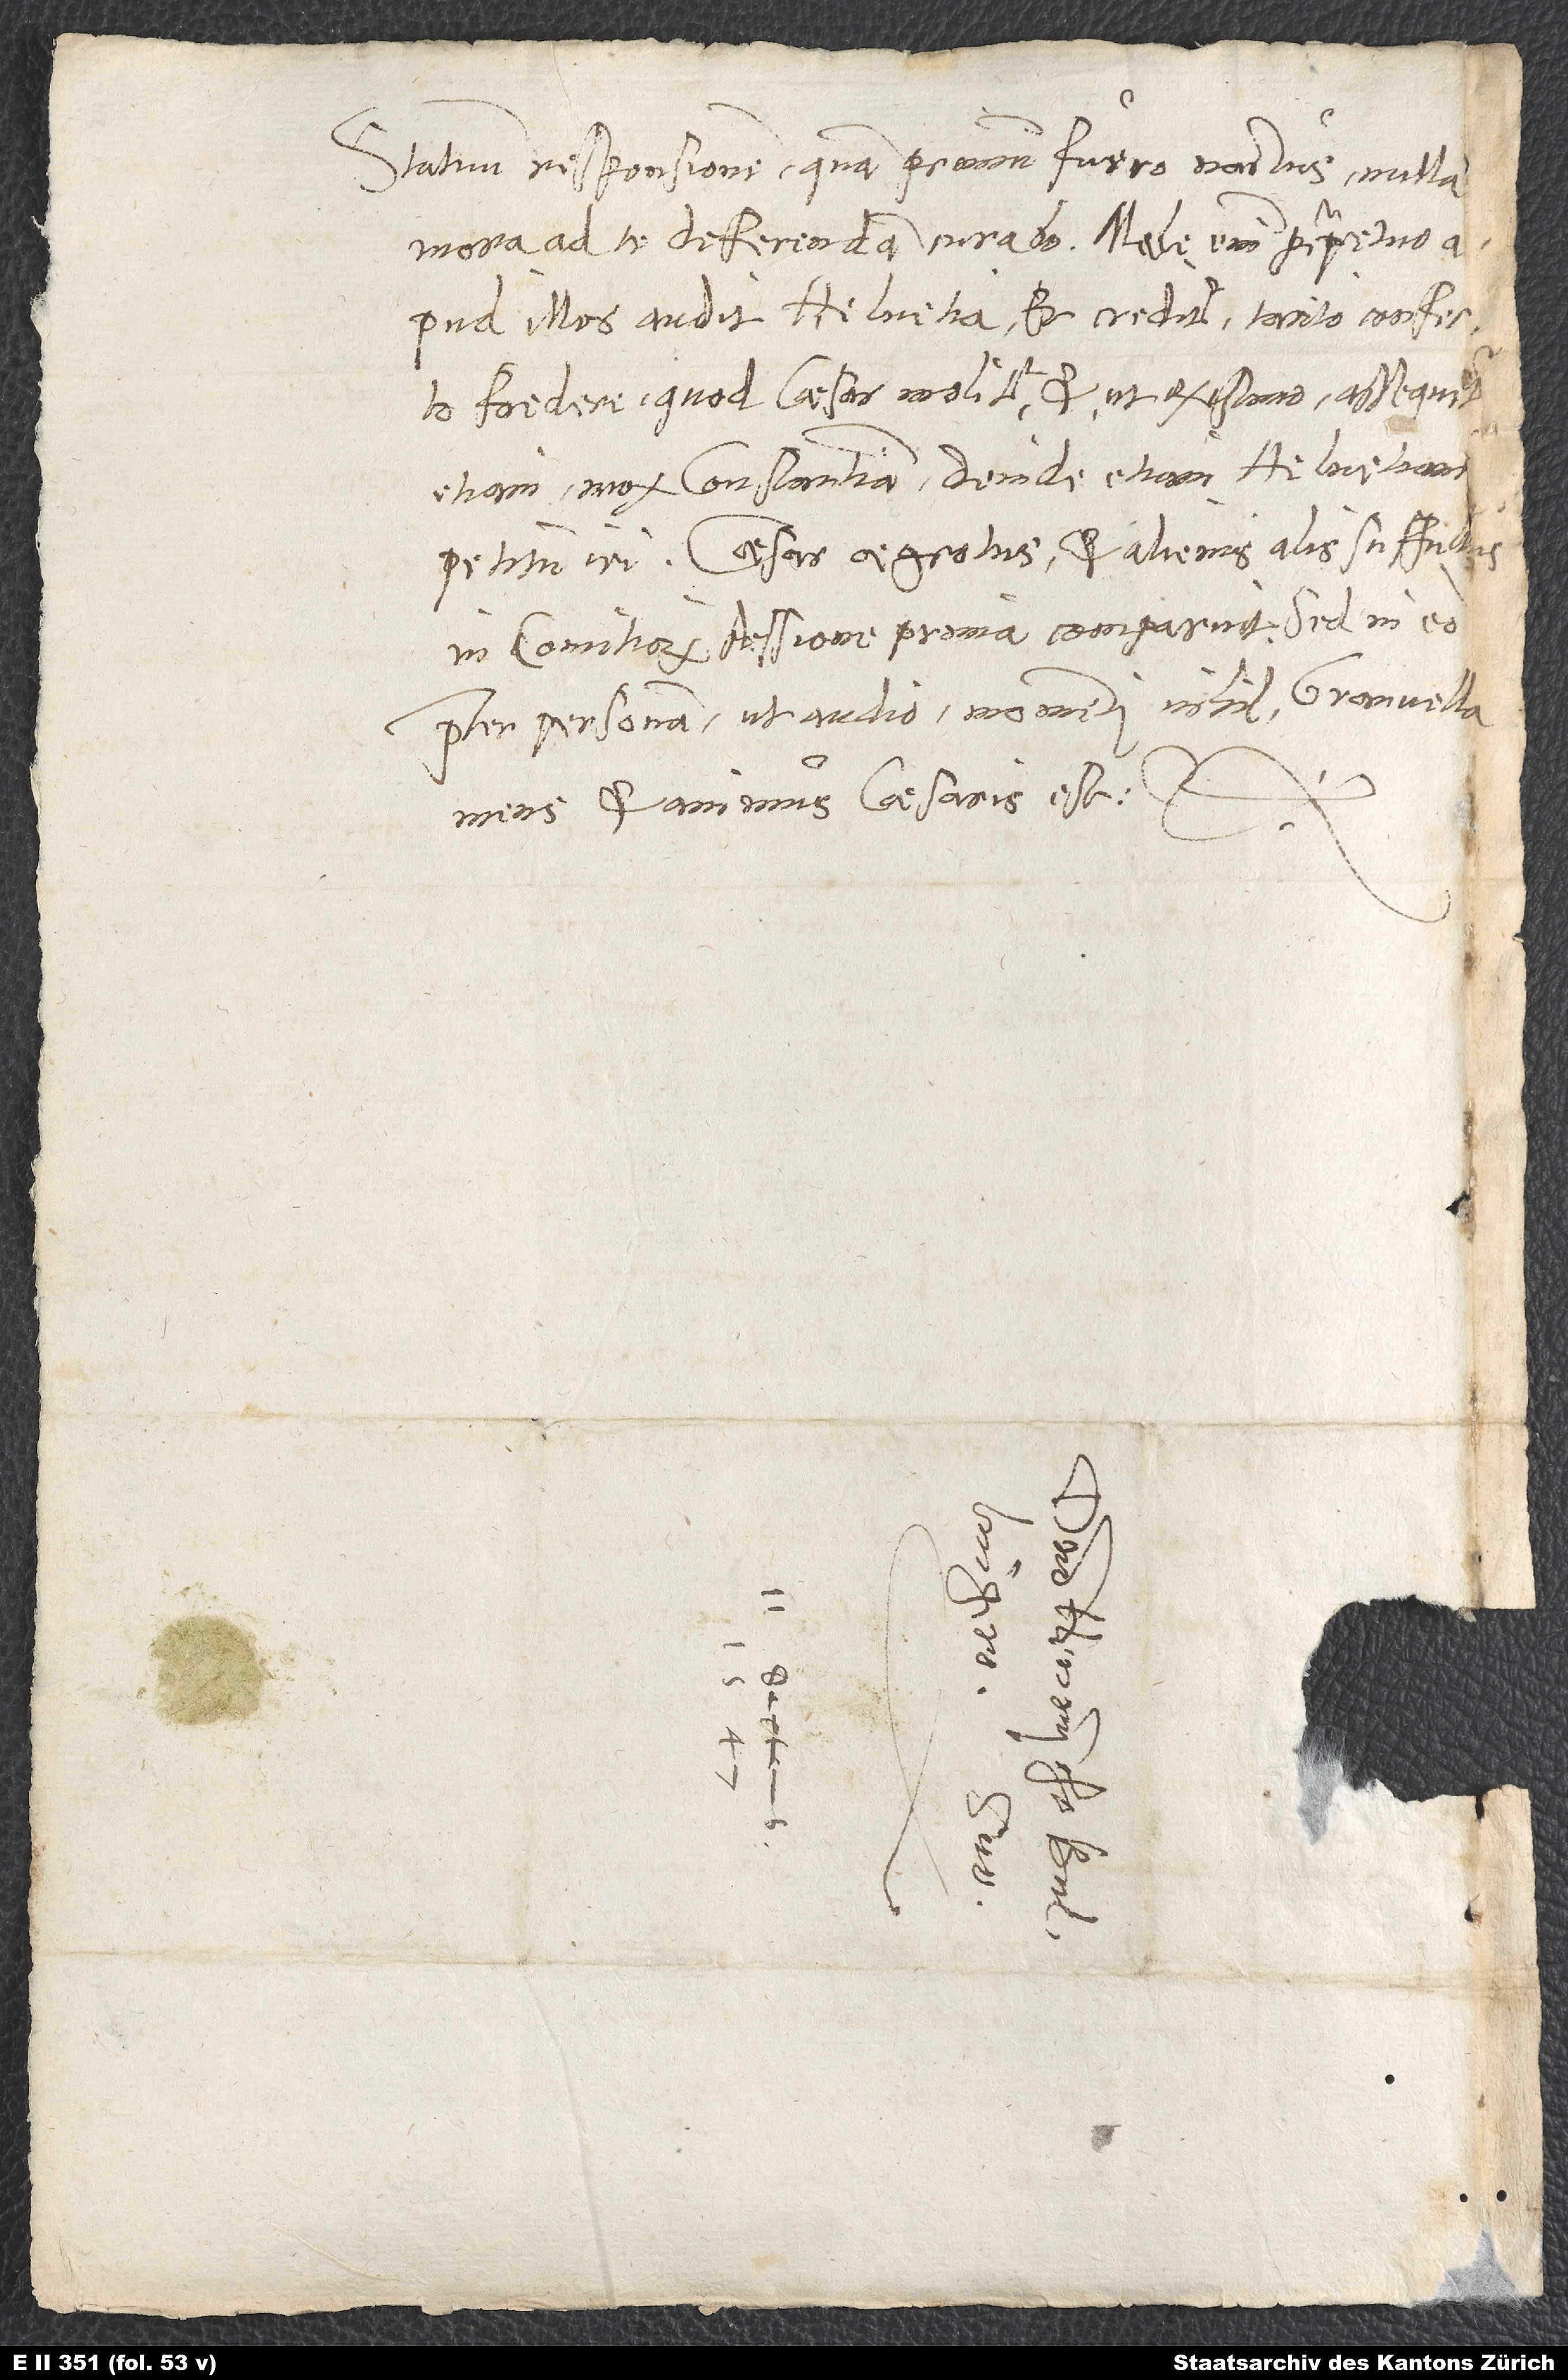
Statuum responsionem quamprimum fuero nactus, nulla
mora ad te deferendam curabo. Male enim perpetuo
apud illos audit Helvetia et creditur tacito confe
mens et animus caesaris est, etc.
S.